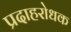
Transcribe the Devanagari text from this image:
प्रदाहरोधक